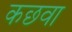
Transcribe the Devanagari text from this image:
कछवा